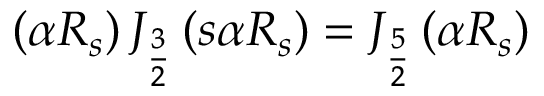
\left( \alpha R _ { s } \right) J _ { \frac { 3 } { 2 } } \left( s \alpha R _ { s } \right) = J _ { \frac { 5 } { 2 } } \left( \alpha R _ { s } \right)